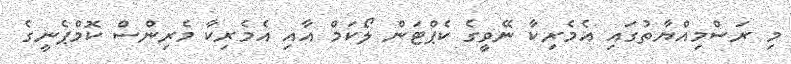
މި ރަސްމިއްޔާތުގައި އެމެރިކާ ނޭވީގެ ކެޕްޓަން ލޯކަމް އާއި އެމެރިކާ މެރިންސް ކޮމްޕެނީގެ